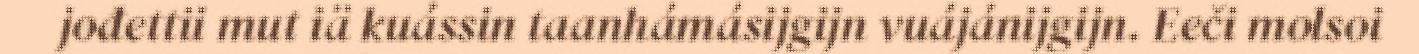
jođettii mut iä kuássin taanhámásijgijn vuájánijgijn. Eeči molsoi